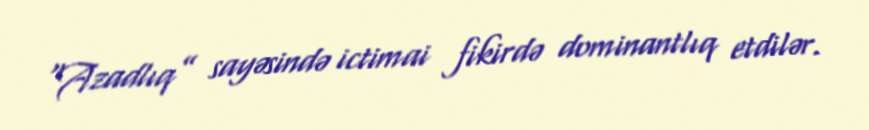
“Azadlıq” sayəsində ictimai fikirdə dominantlıq etdilər.